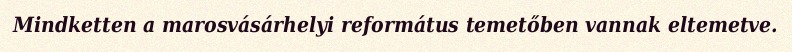
Mindketten a marosvásárhelyi református temetőben vannak eltemetve.